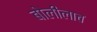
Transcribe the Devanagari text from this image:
बोलीलाच